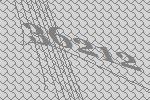
36212